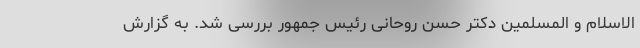
الاسلام و المسلمین دکتر حسن روحانی رئیس جمهور بررسی شد. به گزارش